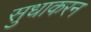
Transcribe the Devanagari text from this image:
सुधाकरन